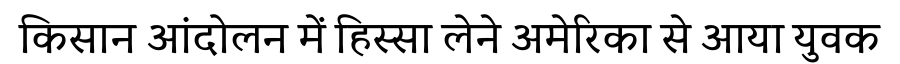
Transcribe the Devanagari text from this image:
किसान आंदोलन में हिस्सा लेने अमेरिका से आया युवक